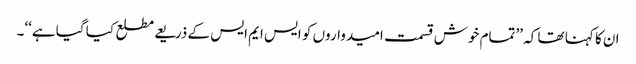
ان کا کہنا تھا کہ ’’تمام خوش قسمت امیدواروں کو ایس ایم ایس کے ذریعے مطلع کیا گیا ہے‘‘۔